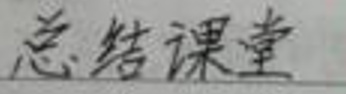
总结课堂